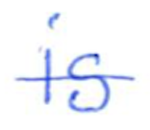
Text: is
Cross-out: single-line
Writing tool: ballpoint